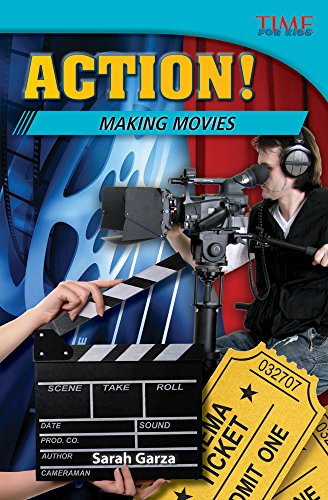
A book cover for Action! Making Movies (Time for Kids Nonfiction Readers); Sarah Garza; Children's Books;